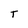
Character: T